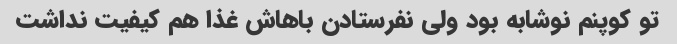
تو کوپنم نوشابه بود ولی نفرستادن باهاش غذا هم کیفیت نداشت